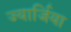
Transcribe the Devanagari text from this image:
ज्यार्जिया